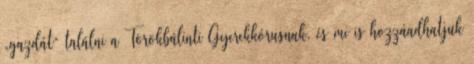
„gazdát” találni a Törökbálinti Gyerekkórusnak, és mi is hozzáadhatjuk